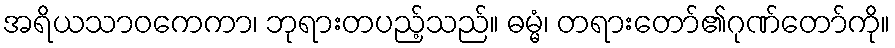
အရိယသာဝကေကာ၊ ဘုရားတပည့်သည်။ ဓမ္မံ၊ တရားတော်၏ဂုဏ်တော်ကို။